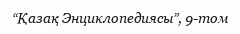
“Қазақ Энциклопедиясы”, 9-том